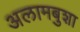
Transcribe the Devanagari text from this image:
अलामबुशा